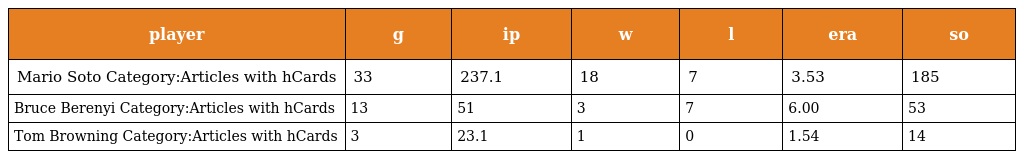
| player | g | ip | w | l | era | so |
 | --- | --- | --- | --- | --- | --- | --- |
 | Mario Soto Category:Articles with hCards | 33 | 237.1 | 18 | 7 | 3.53 | 185 |
 | Bruce Berenyi Category:Articles with hCards | 13 | 51 | 3 | 7 | 6.00 | 53 |
 | Tom Browning Category:Articles with hCards | 3 | 23.1 | 1 | 0 | 1.54 | 14 |